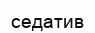
седатив